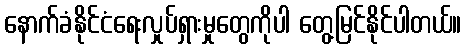
နောက်ခံနိုင်ငံရေးလှုပ်ရှားမှုတွေကိုပါ တွေ့မြင်နိုင်ပါတယ်။